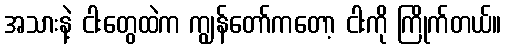
အသားနဲ့ ငါးတွေထဲက ကျွန်တော်ကတော့ ငါးကို ကြိုက်တယ်။